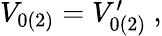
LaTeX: \begin{array}{r}{V_{0(2)}=V_{0(2)}^{\prime}~,}\end{array}